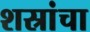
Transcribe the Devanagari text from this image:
शस्रांचा